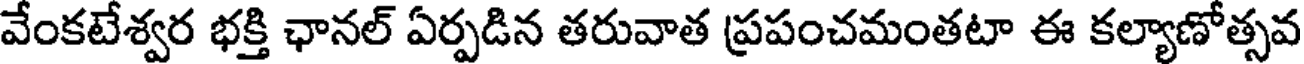
వేంకటేశ్వర భక్తి ఛానల్ ఏర్పడిన తరువాత ప్రపంచమంతటా ఈ కల్యాణోత్సవ